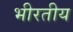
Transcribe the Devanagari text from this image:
भीरतीय